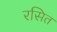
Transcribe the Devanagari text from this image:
रसित